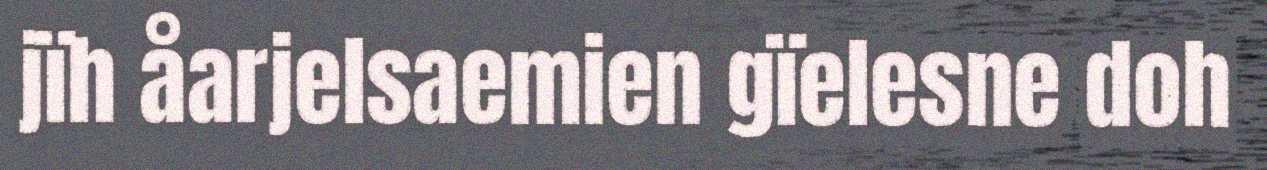
jïh åarjelsaemien gïelesne doh